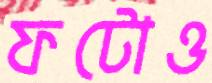
ফটোও